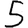
Digit: 5